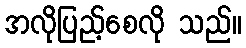
အလိုပြည့်စေလို သည်။